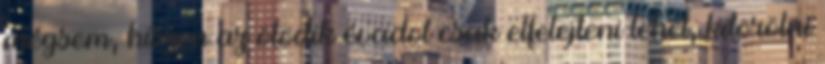
mégsem, hiszen az ötödik évadot csak elfelejteni lehet, kitörölni